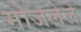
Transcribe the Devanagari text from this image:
मोजलेले